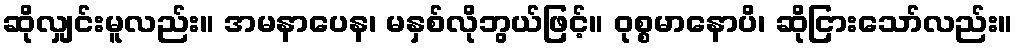
ဆိုလျှင်းမူလည်း။ အမနာပေန၊ မနှစ်လိုဘွယ်ဖြင့်။ ဝုစ္စမာနောပိ၊ ဆိုငြားသော်လည်း။